Some observations on the morphology and mechanism of the parts in the orthorrapha - Number 58
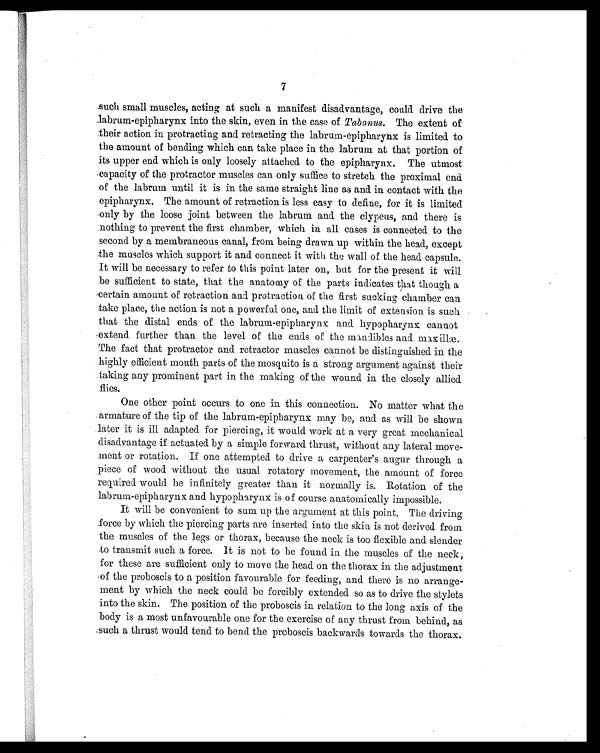
7
such small muscles, acting at such a manifest disadvantage, could drive the
labrum-epipharynx into the skin, even in the case of Tabanus. The extent of
their action in protracting and retracting the labrum-epipharynx is limited to
the amount of bending which can take place in the labrum at that portion of
its upper end which is only loosely attached to the epipharynx. The utmost
capacity of the protractor muscles can only suffice to stretch the proximal end
of the labrum until it is in the same straight line as and in contact with the
epipharynx. The amount of retraction is less easy to define, for it is limited
only by the loose joint between the labrum and the clypeus, and there is
nothing to prevent the first chamber, which in all cases is connected to the
second by a membraneous canal, from being drawn up within the head, except
the muscles which support it and connect it with the wall of the head capsule.
It will be necessary to refer to this point later on, but for the present it will
be sufficient to state, that the anatomy of the parts indicates that though a
certain amount of retraction and protraction of the first sucking chamber can
take place, the action is not a powerful one, and the limit of extension is such
that the distal ends of the labrum-epipharynx and hypopharynx cannot
extend further than the level of the ends of the mandibles and max
i l l æ . T h e f a c t t h a t p r o t r a c t o r a n d r e t r a c t o r m u s c l e s c a n n o t b e d i s t i n g u i s h e d i n t h e
highly efficient mouth parts of the mosquito is a strong argument against their
taking any prominent part in the making of the wound in the closely allied
flies.
One other point occurs to one in this connection. No matter what the
armature of the tip of the labrum-epipharynx may be, and as will be shown
later it is ill adapted for piercing, it would work at a very great mechanical
disadvantage if actuated by a simple forward thrust, without any lateral move-
ment or rotation. If one attempted to drive a carpenter's augur through a
piece of wood without the usual rotatory movement, the amount of force
required would be infinitely greater than it normally is. Rotation of the
labrum-epipharynx and hypopharynx is of course anatomically impossible.
It will be convenient to sum up the argument at this point. The driving
force by which the piercing parts are inserted into the skin is not derived from
the muscles of the legs or thorax, because the neck is too flexible and slender
to transmit such a force. It is not to be found in the muscles of the neck,
for these are sufficient only to move the head on the thorax in the adjustment
of the proboscis to a position favourable for feeding, and there is no arrange-
ment by which the neck could be forcibly extended so as to drive the stylets
into the skin. The position of the proboscis in relation to the long axis of the
body is a most unfavourable one for the exercise of any thrust from behind, as
such a thrust would tend to bend the proboscis backwards towards the thorax.